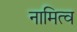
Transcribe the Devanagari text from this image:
नामित्व